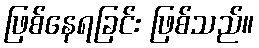
ဖြစ်နေရခြင်း ဖြစ်သည်။